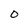
Character: 0